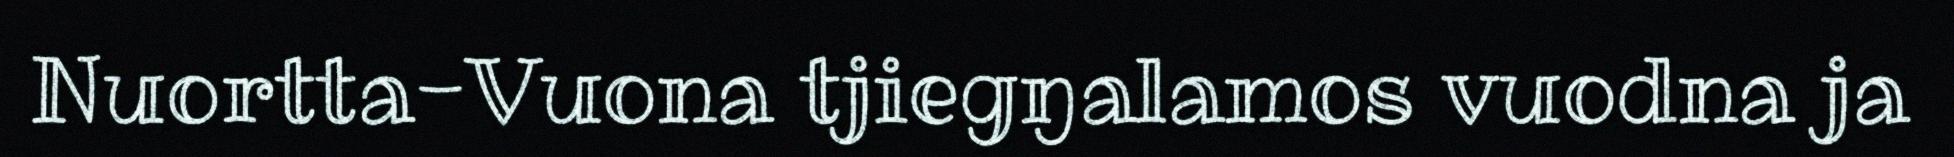
Nuortta-Vuona tjiegŋalamos vuodna ja